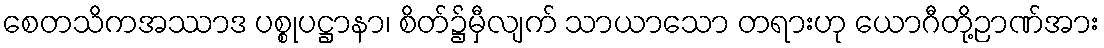
စေတသိကအဿာဒ ပစ္စုပဋ္ဌာနာ၊ စိတ်၌မှီလျက် သာယာသော တရားဟု ယောဂီတို့ဉာဏ်အား